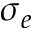
\sigma _ { e }